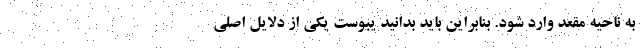
به ناحیه مقعد وارد شود. بنابراین باید بدانید یبوست یکی از دلایل اصلی